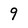
Character: 9